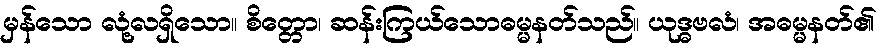
မှန်သော လုံ့လရှိသော။ စိတ္တော၊ ဆန်းကြယ်သောဓမ္မနတ်သည်။ ယုဒ္ဓဗလံ၊ အဓမ္မနတ်၏